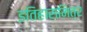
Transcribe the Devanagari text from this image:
इतिहासमित्र